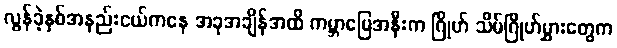
လွန်ခဲ့နှစ်အနည်းငယ်ကနေ အခုအချိန်အထိ ကမ္ဘာမြေအနီးက ဂြိုဟ် သိမ်ဂြိုဟ်မွှားတွေက